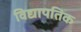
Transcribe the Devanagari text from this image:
विद्यापतिक